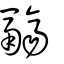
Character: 鬺